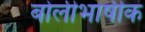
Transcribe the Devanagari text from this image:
बोलीभाषीक